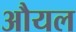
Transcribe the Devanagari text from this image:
औयल